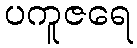
ပကူဇရေ